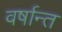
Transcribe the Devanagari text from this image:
वर्षान्त